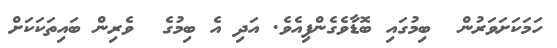
ހަމަކަށަވަރުން  ބިމުގައި ބޮޑާވެގެންފިއެވެ. އަދި އެ ބިމުގެ  ވެރިން ބައިތަކަކަށް